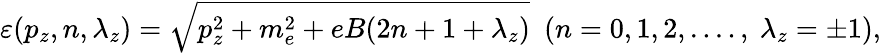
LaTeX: \varepsilon(p_{z},n,\lambda_{z})=\sqrt{p_{z}^{2}+m_{e}^{2}+eB(2n+1+\lambda_{z})}\ \ (n=0,1,2,....,\ \lambda_{z}=\pm 1),